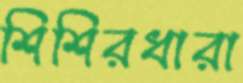
শিশিরধারা